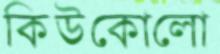
কিউকোলো